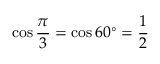
\cos { \frac { \pi } { 3 } } = \cos 6 0 ^ { \circ } = { \frac { 1 } { 2 } }